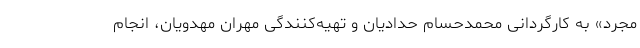
مجرد» به کارگردانی محمدحسام حدادیان و تهیه‌کنندگی مهران مهدویان، انجام